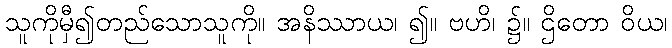
သူကိုမှီ၍တည်သောသူကို။ အနိဿာယ၊ ၍။ ဗဟိ၊ ၌။ ဌိတော ဝိယ၊